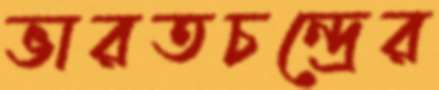
ভারতচন্দ্রের